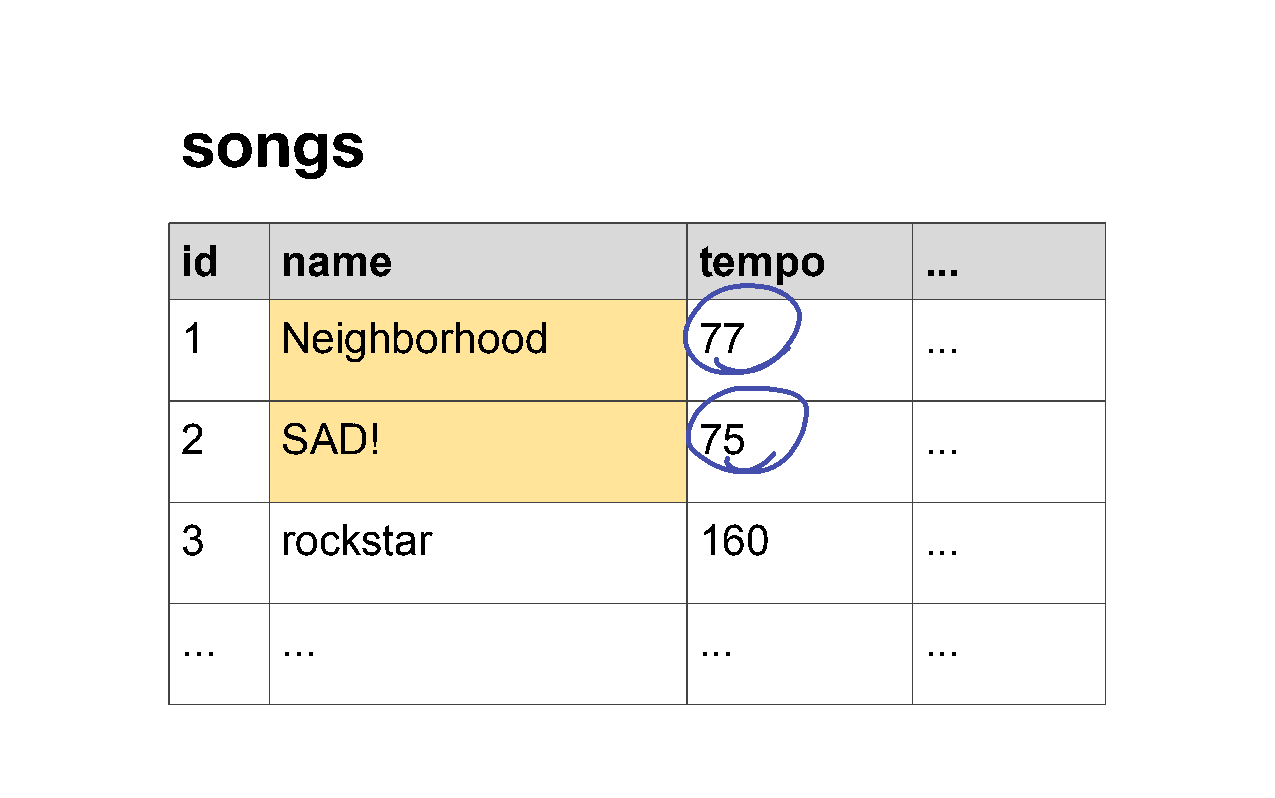
songs
 id     name                       tempo          ...
 1      Neighborhood               77             ...
 2      SAD!                       75             ...
 3      rockstar                   160            ...
 ...    ...                        ...            ...